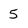
Character: 5